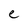
Character: e